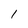
Character: 1